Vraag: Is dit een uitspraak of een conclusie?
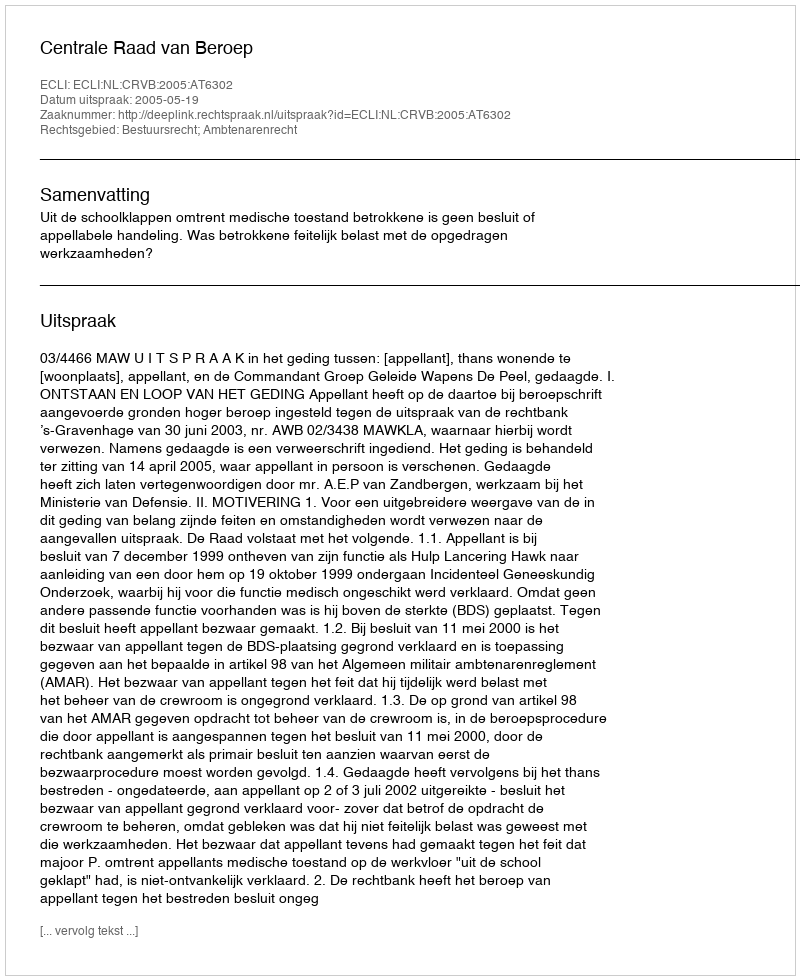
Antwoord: Uitspraak